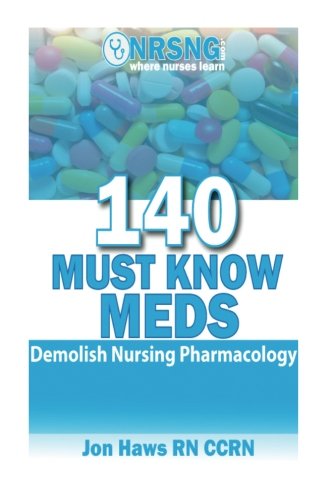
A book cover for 140 Must Know Meds: Demolish Nursing Pharmacology; Jon Haws; Medical Books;